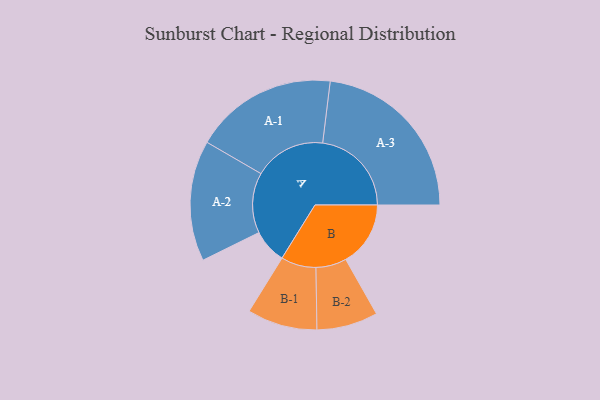
{"axis": {"x": "Segment", "y": "Value"}, "legend": ["", "A", "B"], "data": [{"x": "A", "y": 115, "type": ""}, {"x": "B", "y": 218, "type": ""}, {"x": "A-1", "y": 241, "type": "A"}, {"x": "A-2", "y": 203, "type": "A"}, {"x": "A-3", "y": 299, "type": "A"}, {"x": "B-1", "y": 118, "type": "B"}, {"x": "B-2", "y": 103, "type": "B"}]}